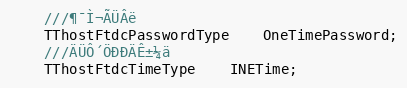
Language: C
	///¶¯Ì¬ÃÜÂë
	TThostFtdcPasswordType	OneTimePassword;
	///ÄÜÔ´ÖÐÐÄÊ±¼ä
	TThostFtdcTimeType	INETime;